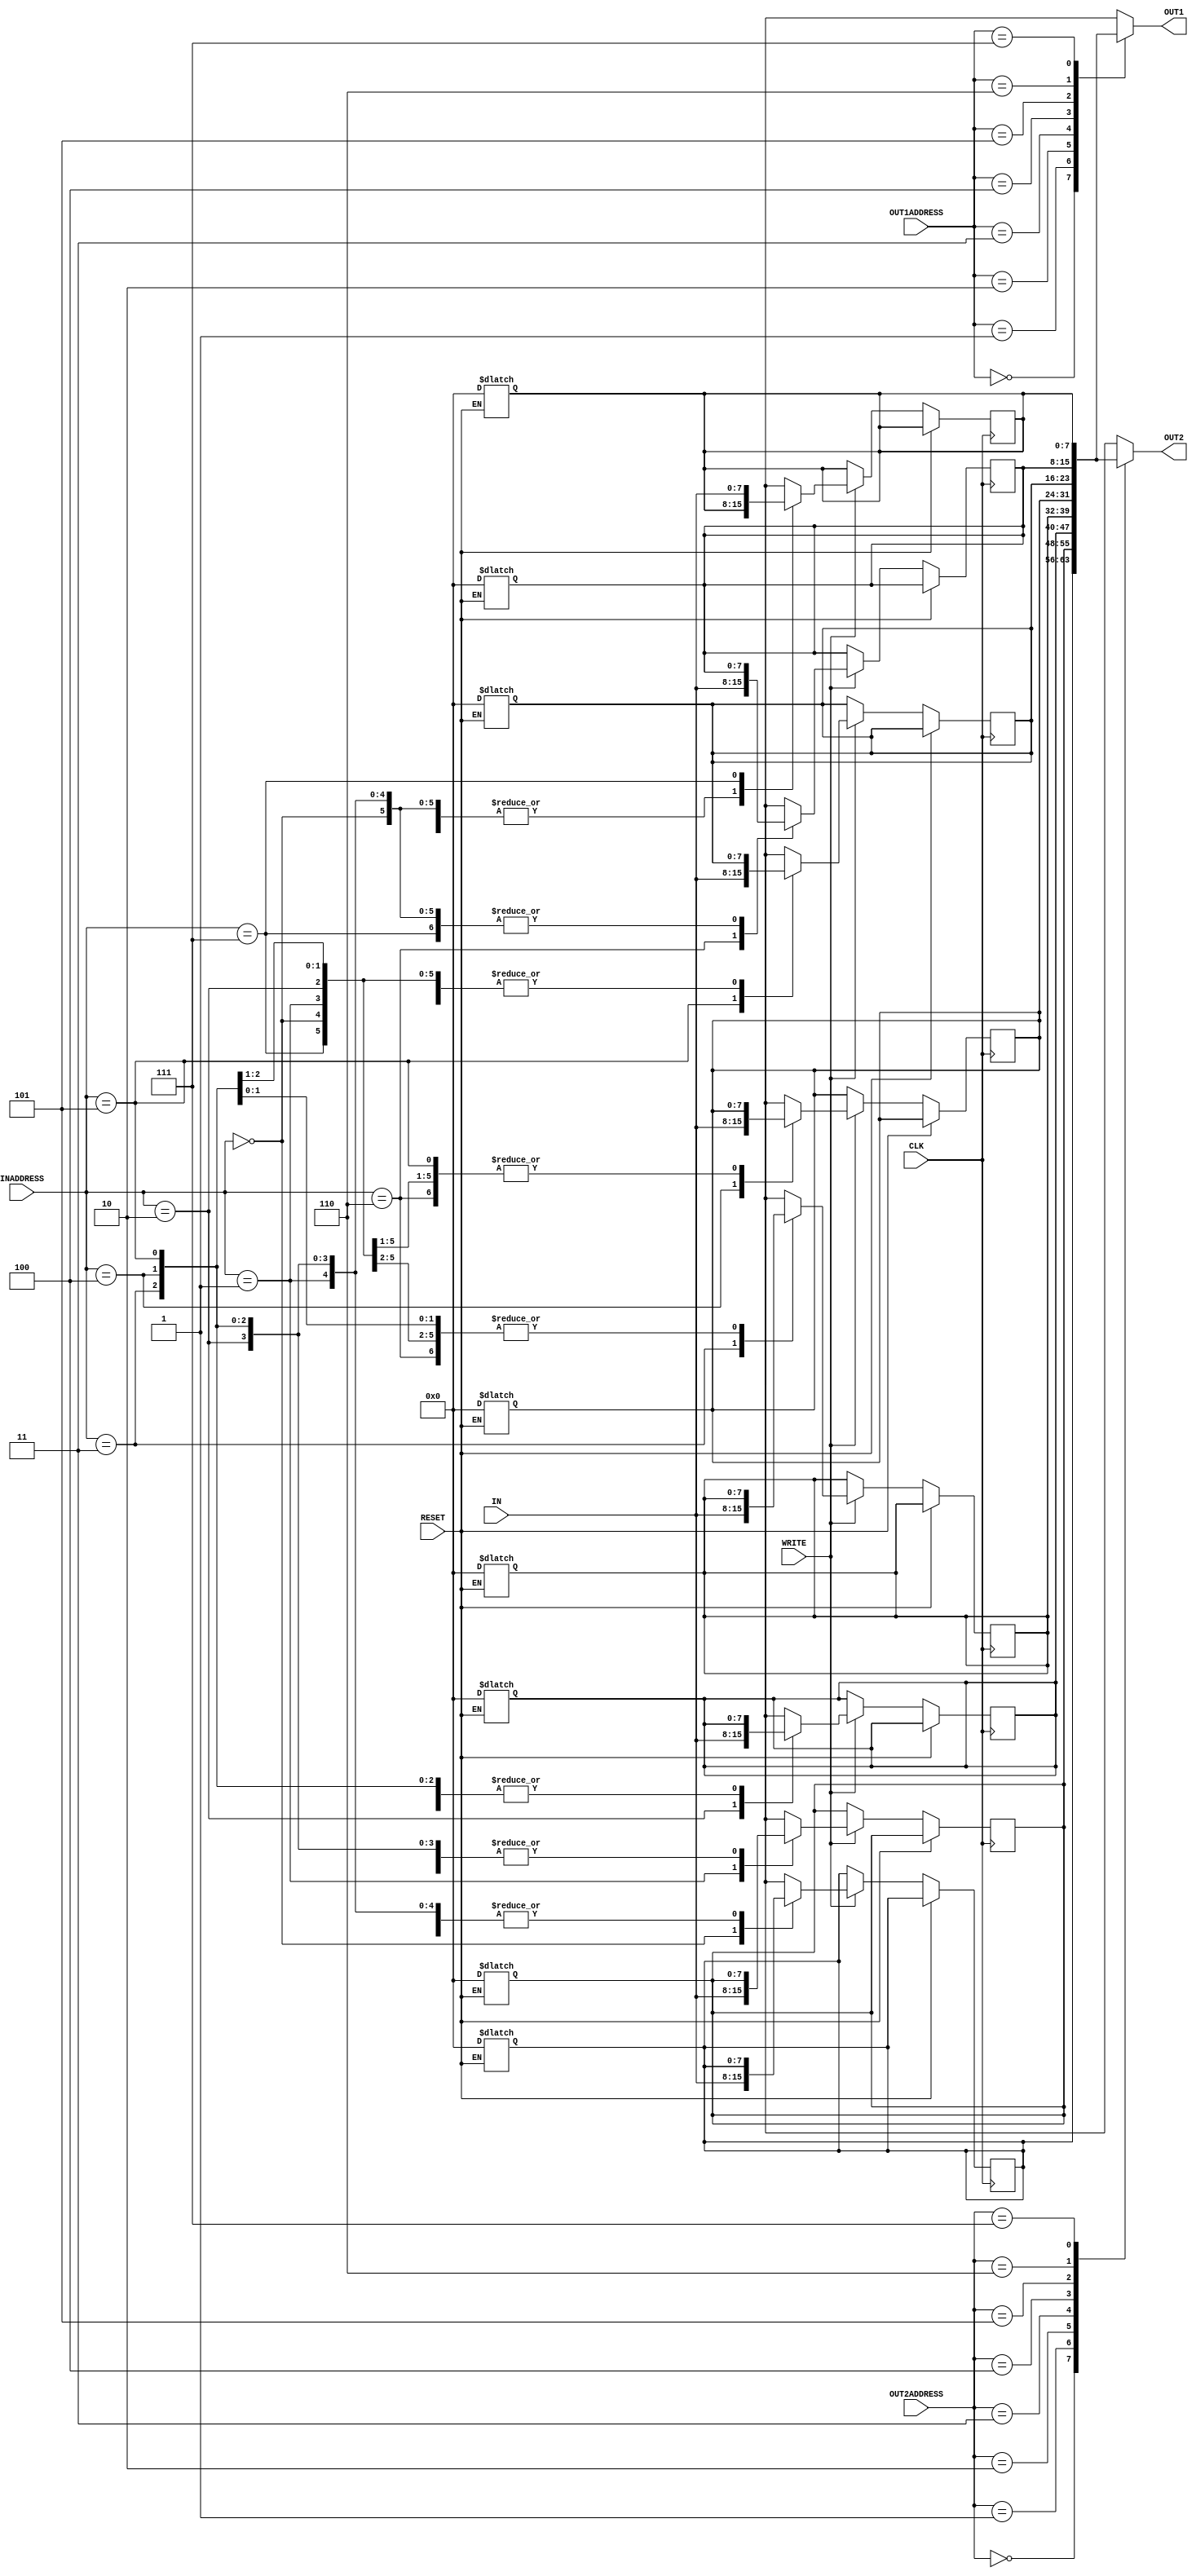
//E16096
//Lab5_part2


module reg_file(IN, OUT1, OUT2, INADDRESS, OUT1ADDRESS, OUT2ADDRESS, WRITE, CLK, RESET);

	input [7:0] IN;
	input [2:0] INADDRESS,OUT1ADDRESS,OUT2ADDRESS;
	input WRITE,CLK,RESET;
	output [7:0] OUT1,OUT2;

	
	reg [7:0] a[7:0];
	
	integer i;  //used in the for loop later on
	
	always @ (posedge CLK)begin   //the writing of data into register is taking place at the positive clock edge
		if(!RESET) begin   //if reset is set to 1,irrespective of data being sent to the register file,all registers should be zero. Hence,writing is avoided.
			if(WRITE)begin    //writting is done only when writeenable=1
				#2 a[INADDRESS]=IN;    //delay for writing is #2
			end
		end	
	end	
	
	always @ (RESET)begin
		if(RESET) begin  //when reset=1(level-triggered) all the registers in register_file is are set to 0
			#2
			for (i = 0; i < 8; i = i + 1) begin   //all registers in register file are set to 0 when reset=1(level-triggered)
              a[i] <= 8'b0;
            end
		 /*#2  a[0]=8'b00000000;    //what is expected above
			 a[1]=8'b00000000;
			 a[2]=8'b00000000;
			 a[3]=8'b00000000;
			 a[4]=8'b00000000;
			 a[5]=8'b00000000;
			 a[6]=8'b00000000;
			 a[7]=8'b00000000;*/
		end
	end
	
		assign #2 OUT1=a[OUT1ADDRESS];  //asynchronous assigning of outputs with register values in OUT1ADDRESS and OUT2ADDRESS
		
		assign #2 OUT2=a[OUT2ADDRESS];
		
		
		
	
				
	
endmodule